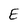
Character: E